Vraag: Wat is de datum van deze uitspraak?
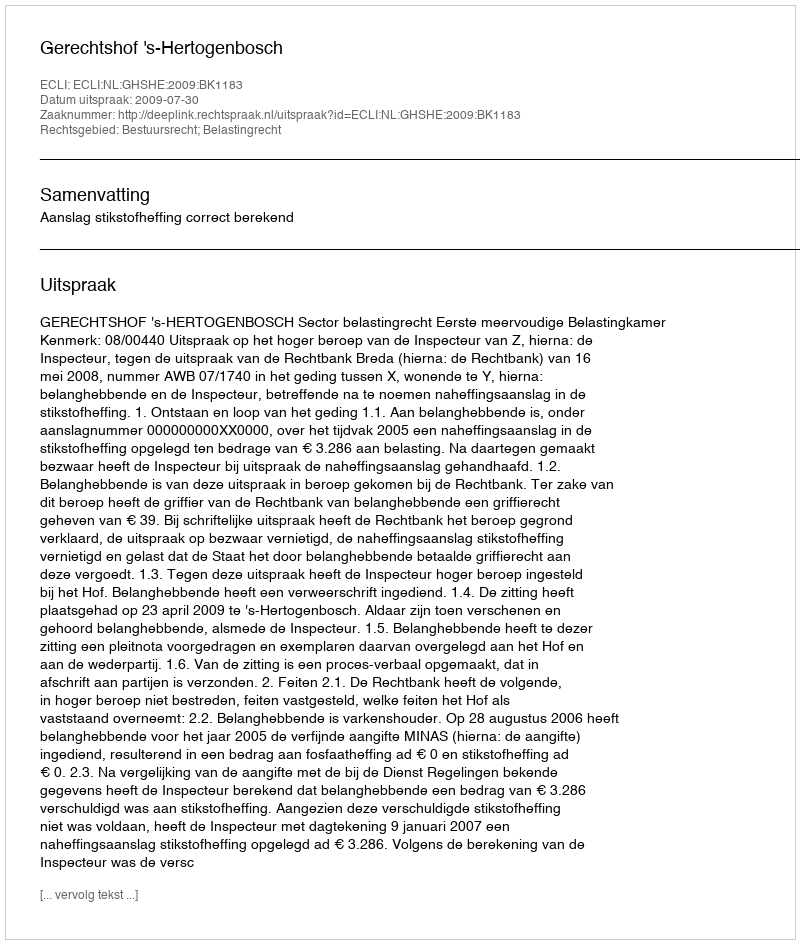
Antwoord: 2009-07-30